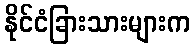
နိုင်ငံခြားသားများက